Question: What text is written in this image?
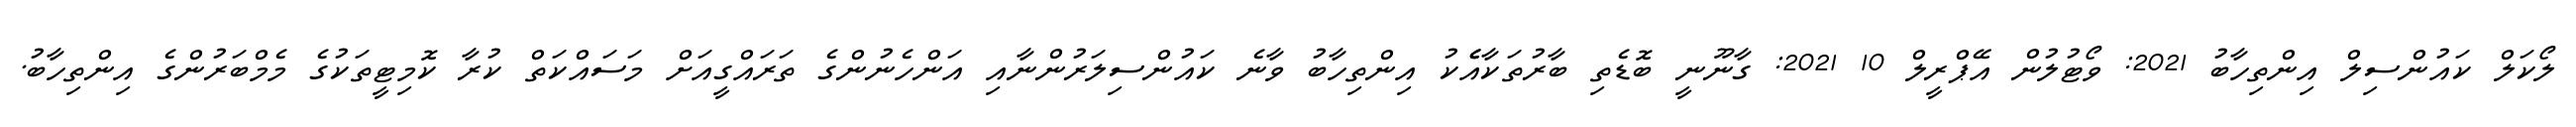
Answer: ލޯކަލް ކައުންސިލް އިންތިހާބު 2021: ވޯޓުލުން އޭޕްރީލް 10 2021: ގާނޫނީ ބޮޑެތި ބާރުތަކާއެެކު އިންތިހާބު ވާނެ ކައުންސިލަރުންނާއި އަންހެނުންގެ ތަރައްގީއަށް މަސައްކަތް ކުރާ ކޮމިޓީތަކުގެ މެމްބަރުންގެ އިންތިހާބު.